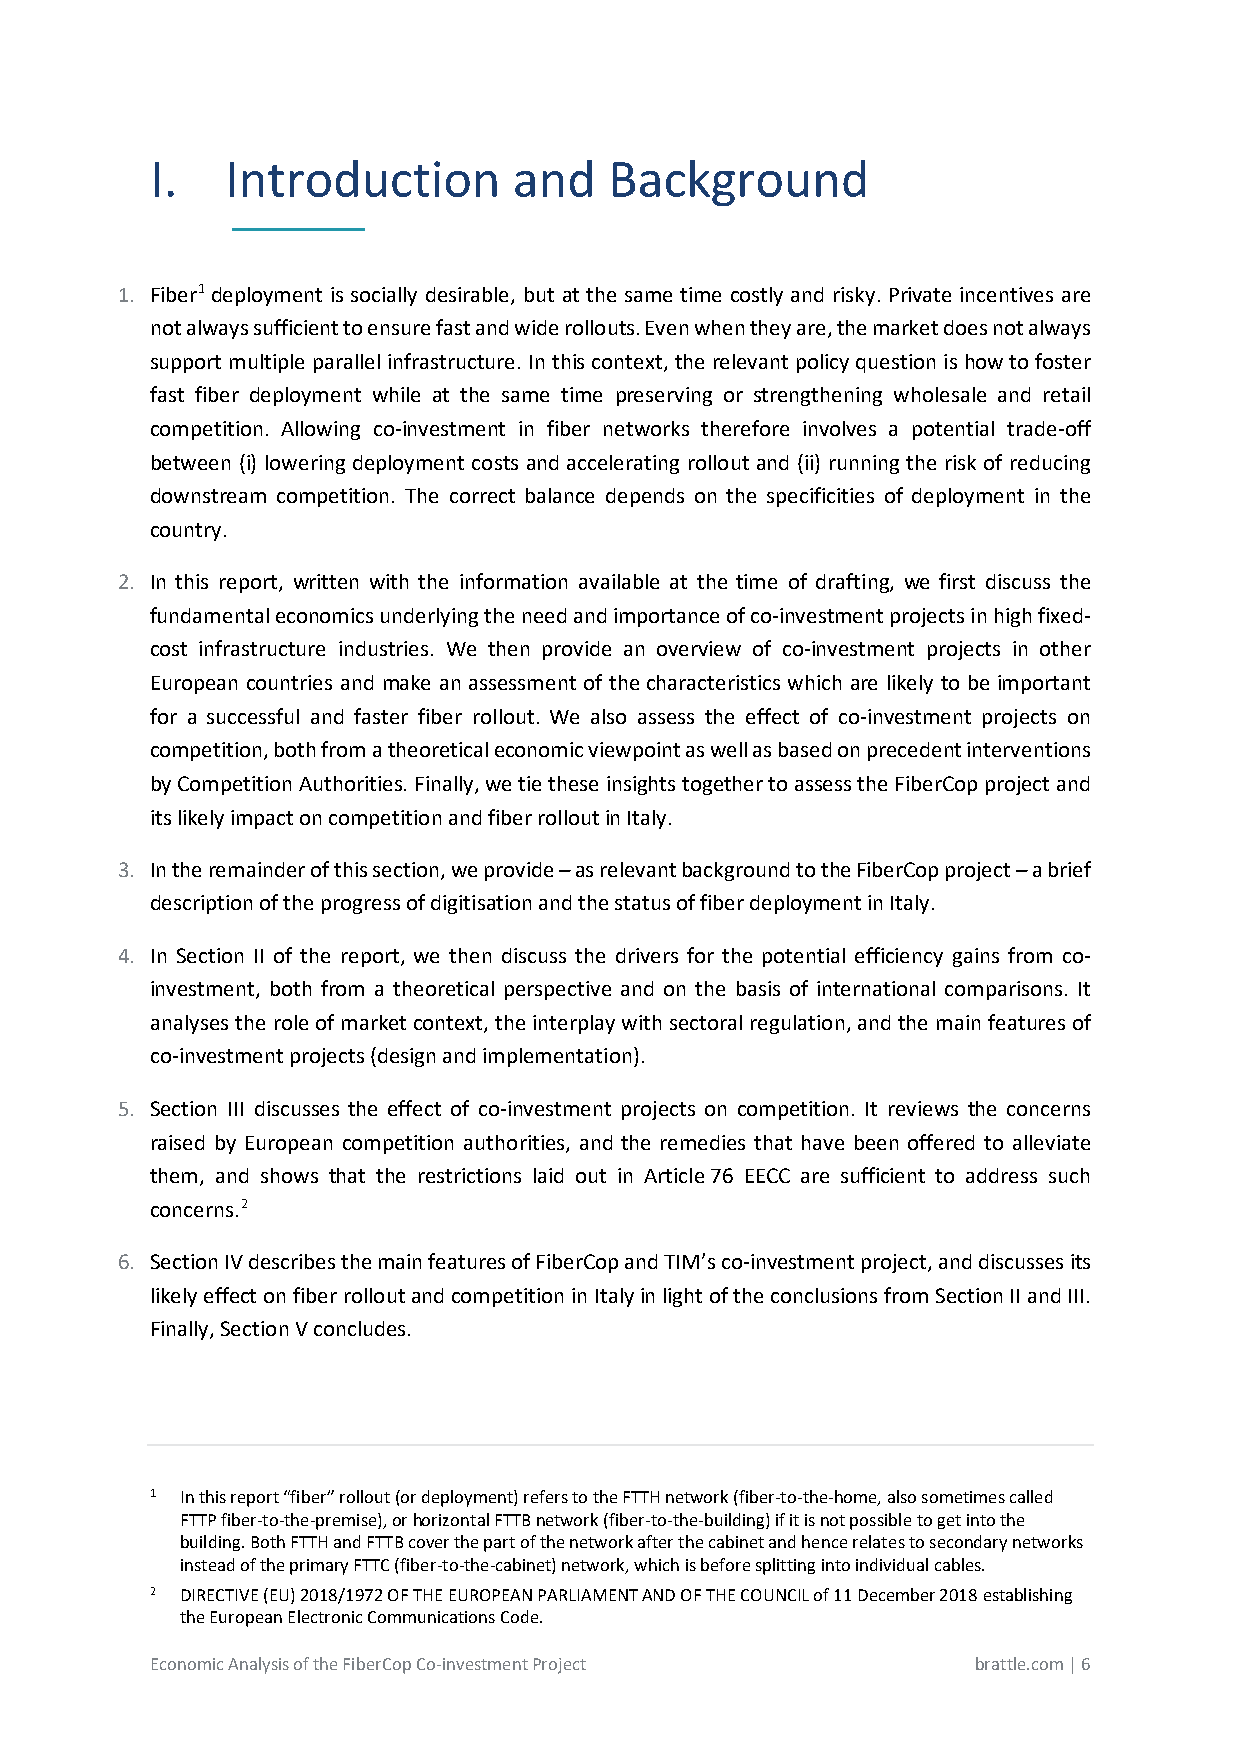
I.   Introduction       and   Background
 _________
 1. Fiber1 deployment is socially desirable, but at the same time costly and risky. Private incentives are
 not always sufficient to ensure fast and wide rollouts. Even when they are, the market does not always
 support multiple parallel infrastructure. In this context, the relevant policy question is how to foster
 fast fiber deployment while at the same time preserving or strengthening wholesale and retail
 competition. Allowing co-investment in fiber networks therefore involves a potential trade-off
 between (i) lowering deployment costs and accelerating rollout and (ii) running the risk of reducing
 downstream competition. The correct balance depends on the specificities of deployment in the
 country.
 2. In this report, written with the information available at the time of drafting, we first discuss the
 fundamental economics underlying the need and importance of co-investment projects in high fixed-
 cost infrastructure industries. We then provide an overview of co-investment projects in other
 European countries and make an assessment of the characteristics which are likely to be important
 for a successful and faster fiber rollout. We also assess the effect of co-investment projects on
 competition, both from a theoretical economic viewpoint as well as based on precedent interventions
 by Competition Authorities. Finally, we tie these insights together to assess the FiberCop project and
 its likely impact on competition and fiber rollout in Italy.
 3. In the remainder of this section, we provide – as relevant background to the FiberCop project – a brief
 description of the progress of digitisation and the status of fiber deployment in Italy.
 4. In Section II of the report, we then discuss the drivers for the potential efficiency gains from co-
 investment, both from a theoretical perspective and on the basis of international comparisons. It
 analyses the role of market context, the interplay with sectoral regulation, and the main features of
 co-investment projects (design and implementation).
 5. Section III discusses the effect of co-investment projects on competition. It reviews the concerns
 raised by European competition authorities, and the remedies that have been offered to alleviate
 them, and shows that the restrictions laid out in Article 76 EECC are sufficient to address such
 concerns.2
 6. Section IV describes the main features of FiberCop and TIM’s co-investment project, and discusses its
 likely effect on fiber rollout and competition in Italy in light of the conclusions from Section II and III.
 Finally, Section V concludes.
 1 In this report “fiber” rollout (or deployment) refers to the FTTH network (fiber-to-the-home, also sometimes called
 FTTP fiber-to-the-premise), or horizontal FTTB network (fiber-to-the-building) if it is not possible to get into the
 building. Both FTTH and FTTB cover the part of the network after the cabinet and hence relates to secondary networks
 instead of the primary FTTC (fiber-to-the-cabinet) network, which is before splitting into individual cables.
 2 DIRECTIVE (EU) 2018/1972 OF THE EUROPEAN PARLIAMENT AND OF THE COUNCIL of 11 December 2018 establishing
 the European Electronic Communications Code.
 Economic Analysis of the FiberCop Co-investment Project brattle.com | 6